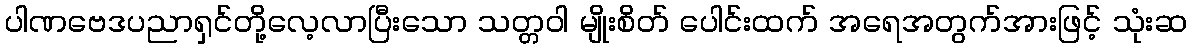
ပါဏဗေဒပညာရှင်တို့လေ့လာပြီးသော သတ္တဝါ မျိုးစိတ် ပေါင်းထက် အရေအတွက်အားဖြင့် သုံးဆ